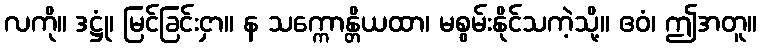
လကို။ ဒဋ္ဌုံ၊ မြင်ခြင်းငှာ။ န သက္ကောန္တိယထာ၊ မစွမ်းနိုင်သကဲ့သို့။ ဧဝံ၊ ဤအတူ။